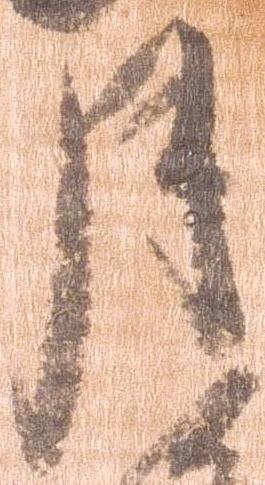
月